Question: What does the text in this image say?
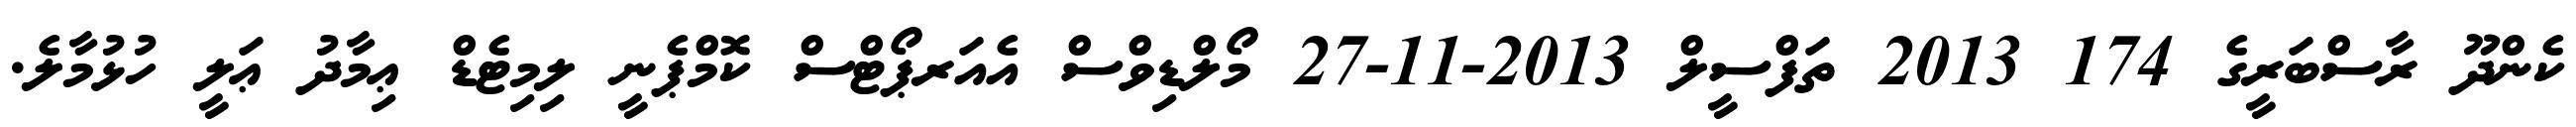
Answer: ކެންދޫ ރާސްބަރީގެ 174 2013 ތަފްސީލް 2013-11-27 މޯލްޑިވްސް އެއަރޕޯޓްސް ކޮމްޕެނީ ލިމިޓެޑް ޢިމާދު ޢަލީ ހުޅުމާލެ.